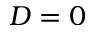
D = 0